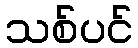
သစ်ပင်